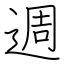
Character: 週